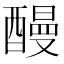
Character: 𨢥